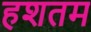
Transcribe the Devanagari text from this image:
हशतम